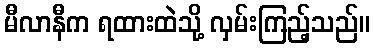
မီလာနီက ရထားထဲသို့ လှမ်းကြည့်သည်။